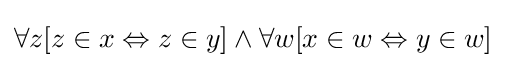
\forall z[z\in x\Leftrightarrow z\in y]\land \forall w[x\in w\Leftrightarrow y\in w]